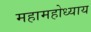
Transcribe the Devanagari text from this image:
महामहोध्याय